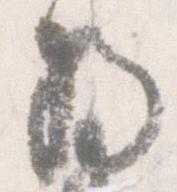
将